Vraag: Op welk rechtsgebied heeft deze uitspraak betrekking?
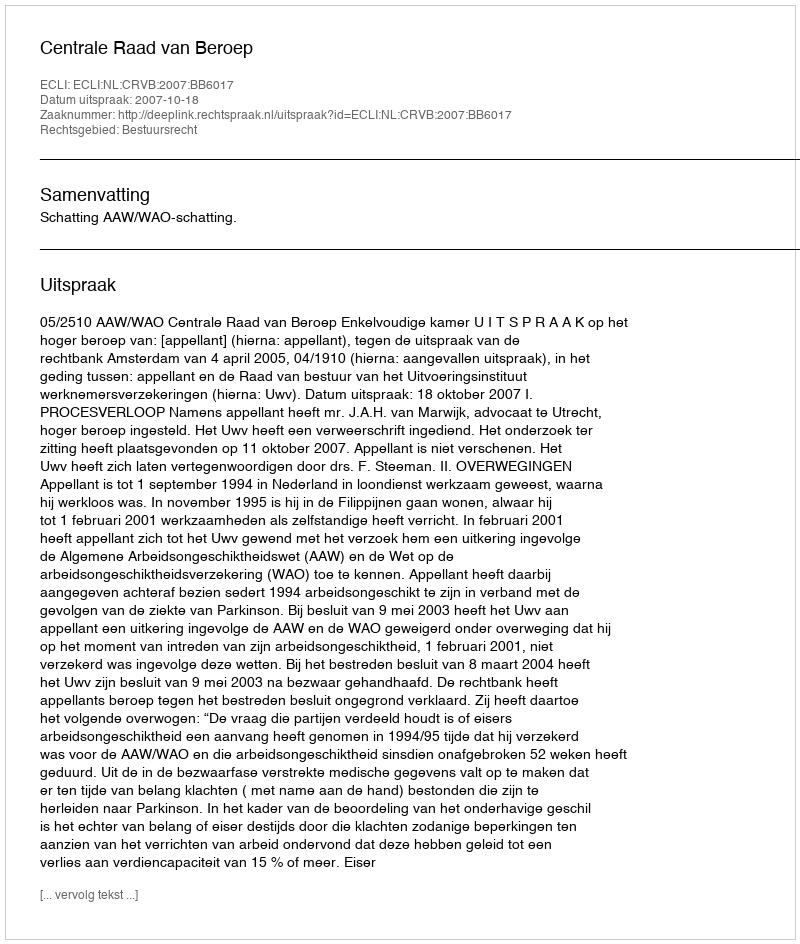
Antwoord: Bestuursrecht